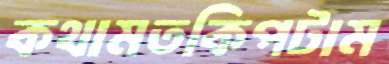
কথামতকিপটাম